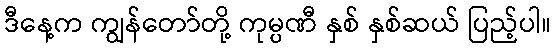
ဒီနေ့က ကျွန်တော်တို့ ကုမ္ပဏီ နှစ် နှစ်ဆယ် ပြည့်ပါ။